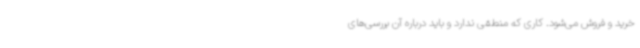
خرید و فروش می‌شود. کاری که منطقی ندارد و باید درباره آن بررسی‌های